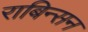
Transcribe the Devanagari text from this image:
राबिन्सन